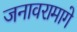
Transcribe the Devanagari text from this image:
जनावरामागे